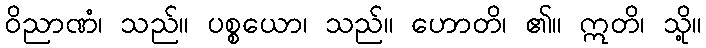
ဝိညာဏံ၊ သည်။ ပစ္စယော၊ သည်။ ဟောတိ၊ ၏။ ဣတိ၊ သို့။